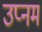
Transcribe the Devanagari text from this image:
उप्नम